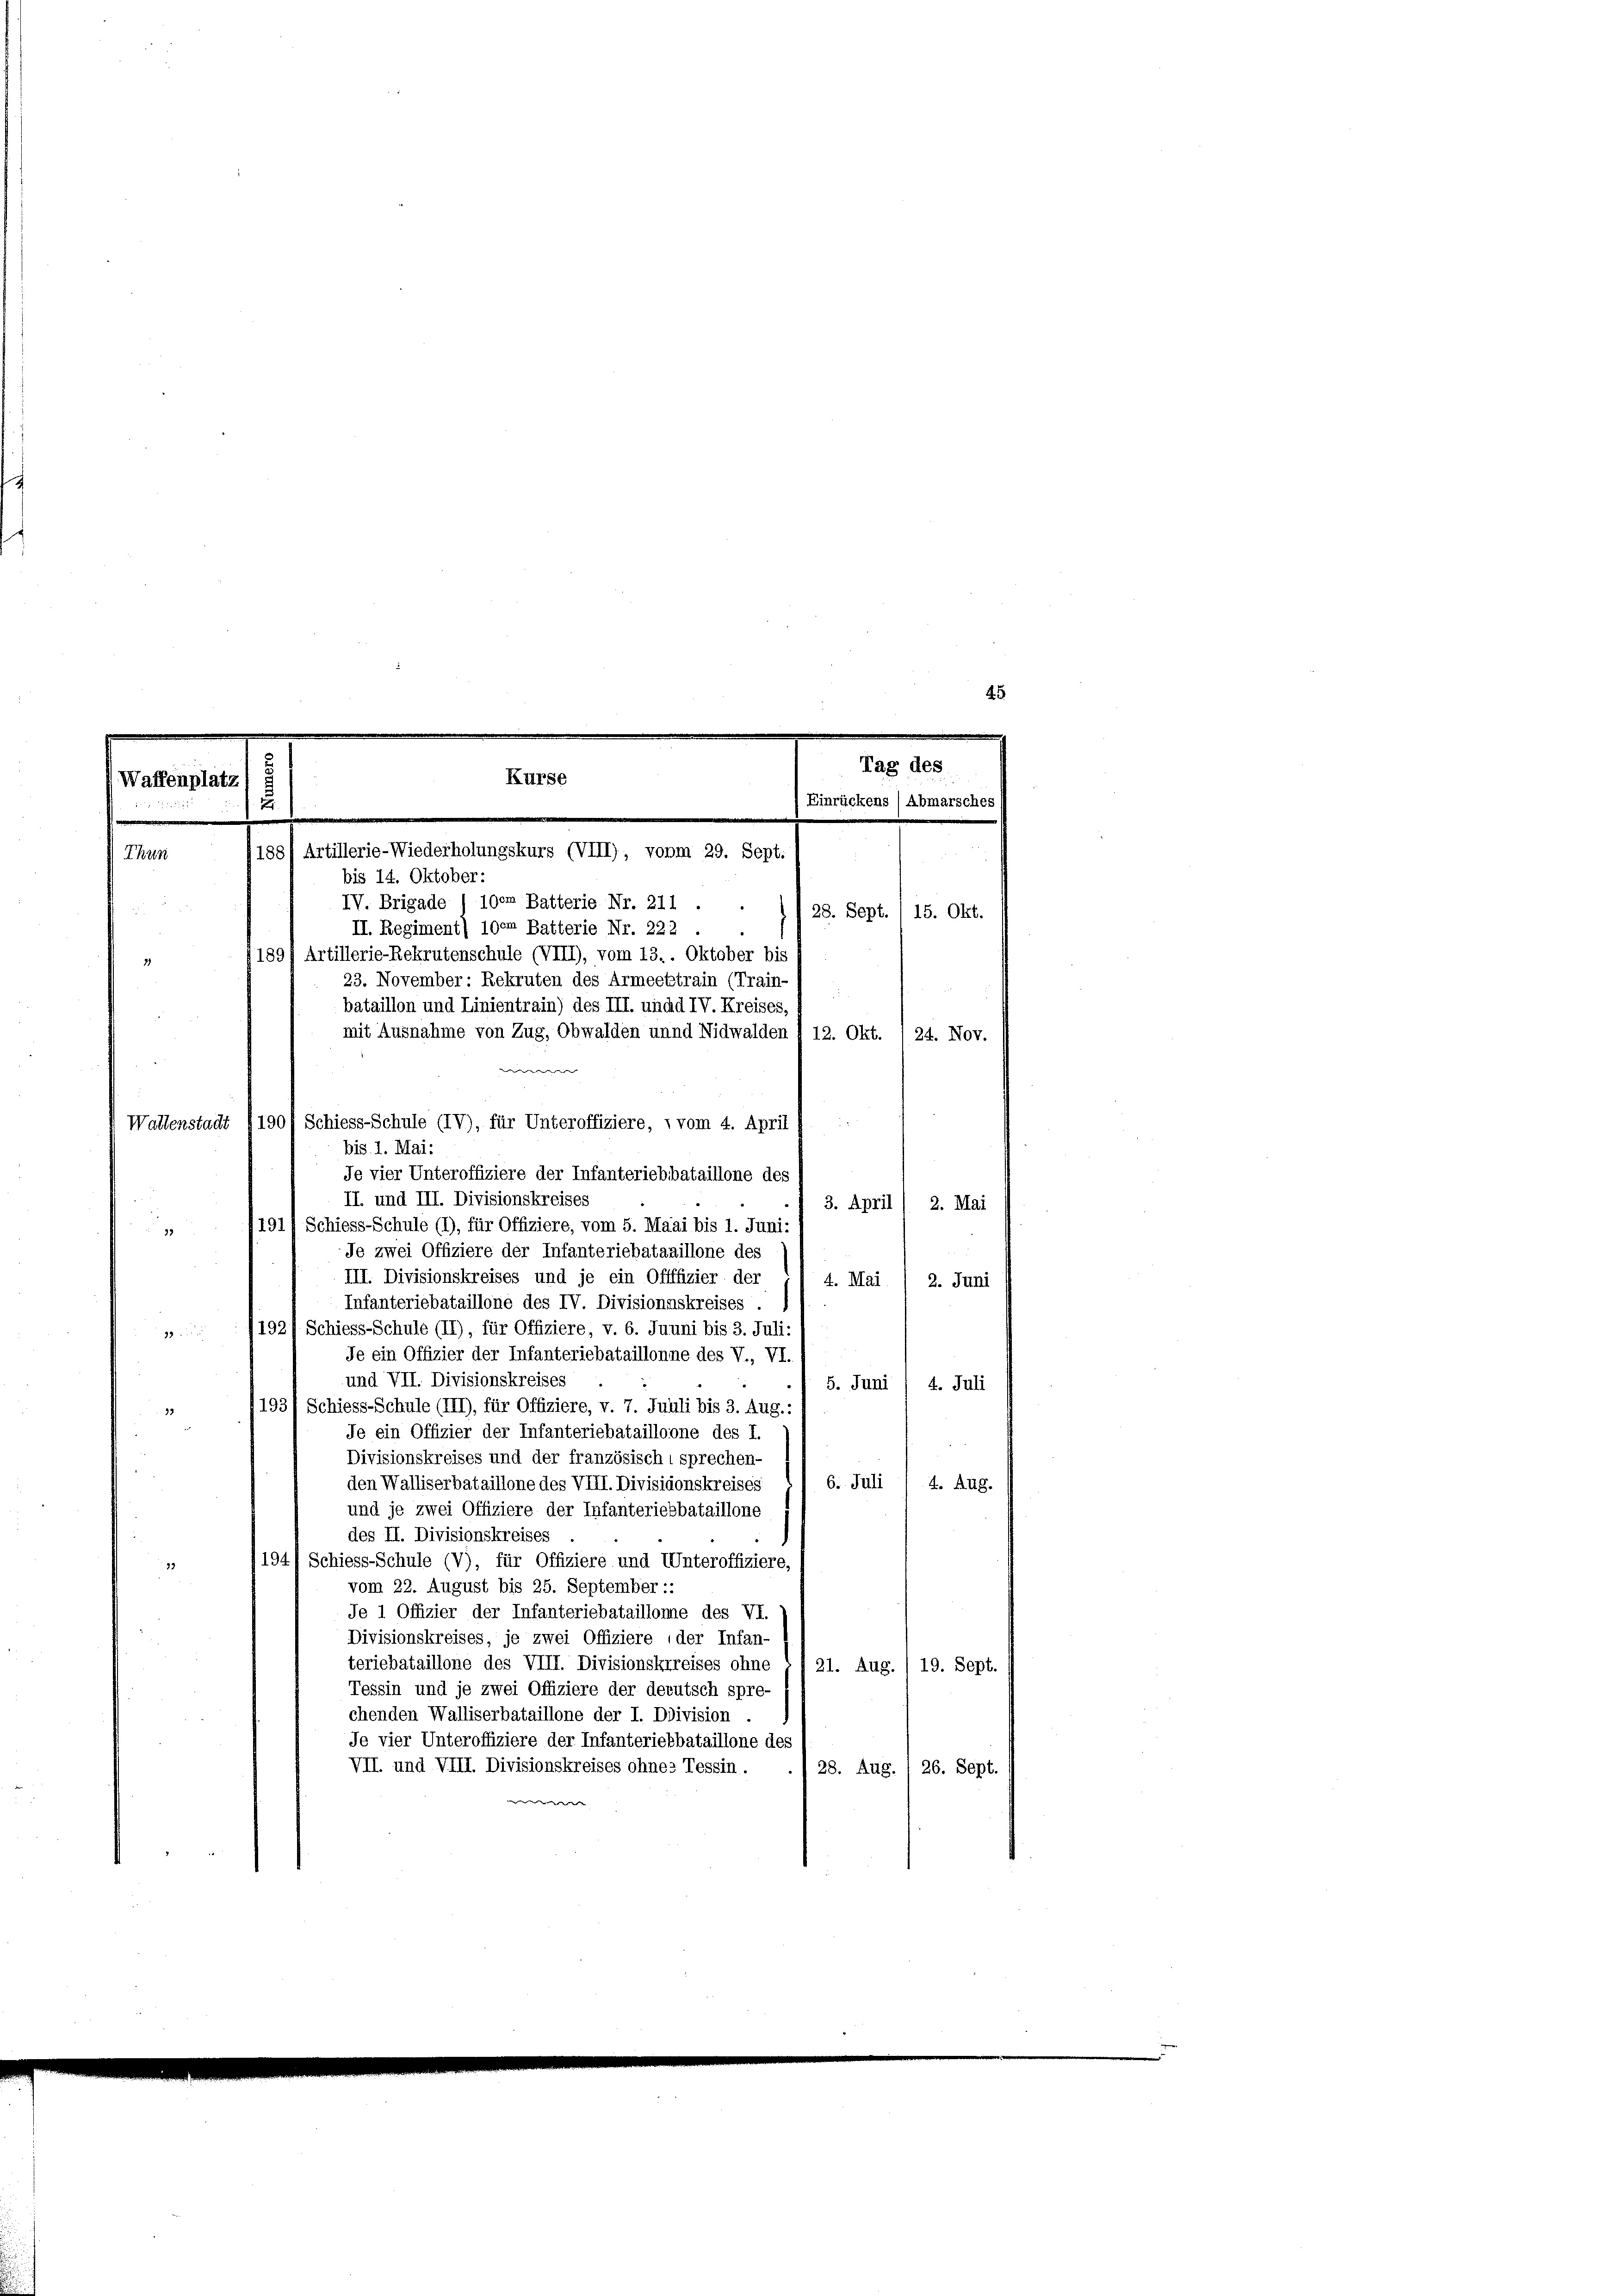
bis 14. Oktober:
IV. Brigade ) 100m Batterie Nr. 211.
II. Regiment) 100 Batterie Nr. 222
1897 Artillerie-Rekrutenschule (VIII), vom 13.. Oktober bis
23. November: Rekruten des Armeebtrain (Train-
bataillon und Linientrain) des III. undd IV. Kreises,
mit Ausnahme von Zug, Obwalden unnd Nidwalden I 12. Okt. 1 24. Nov.
Wallenstadt I 1901 Schiess-Schule (IV), für Unteroffiziere, vom 4. April
bis. 1. Mai:
Je vier Unteroffiziere der Infanteriebebataillone des
II. und III. Divisionskreises
3. April ( 2. Mai
191/ Schiess-Schule (1), für Offiziere, vom 5. Maai bis 1. Juni:
28
Je zwei Offiziere der Infanteriebataaillone des
III. Divisionskreises und je ein Offffizier der
4. Mai
2. Juni
Infanteriebataillone des IV. Divisionnskreises
1927 Schiess-Schule (II), für Offiziere, v. 6. Juuni bis 3. Juli:

Je ein Offizier der Infanteriebataillonne des V., VI.
und VII. Divisionskreises
5. Juni / 4. Juli
1931 Schiess-Schule (III), für Offiziere, v. 7. Juuli bis 3. Aug.
33
Je ein Offizier der Infanteriebatailloone des I.
Divisionskreises und der französischt sprechen-
den Walliserbataillone des VIII. Divisidonskreises
6. Juli / 4. Aug.
und je zwei Offiziere der Infanteriebbataillone
des II. Divisionskreises
194) Schiess-Schule (V), für Offiziere und Unteroffiziere,
39
vom 22. August bis 25. September ::
Je 1 Offizier der Infanteriebataillonne des VI.
Divisionskreises, je zwei Offiziere der Infan-
teriebataillone des VIII. Divisionskrreises ohne , f 21. Aug. / 19. Sept.
Tessin und je zwei Offiziere der derutsch spre-
chenden Walliserbataillone der I. Ddivision .
Je vier Unteroffiziere der Infanteriebbataillone des
VII. und VIII. Divisionskreises ohnes Tessin.
 28. Aug. 1 26. Sept.
e

Tag des
Kurse
(Waffenplatz
Einrückens / Abmarsches
2
188) Artillerie-Wiederholungskurs (VIII), vonm 29. Sept.
Thun

28. Sept. 1 15. Okt.